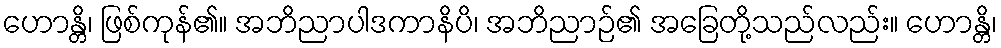
ဟောန္တိ၊ ဖြစ်ကုန်၏။ အဘိညာပါဒကာနိပိ၊ အဘိညာဉ်၏ အခြေတို့သည်လည်း။ ဟောန္တိ၊